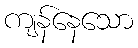
ကျန်နေသော